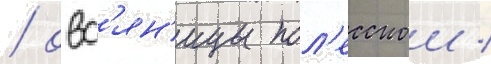
/ овс'ян'ицы пол'есскои /